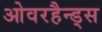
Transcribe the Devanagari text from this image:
ओवरहैन्ड्स